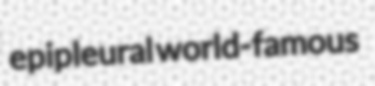
epipleural world-famous